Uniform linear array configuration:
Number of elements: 64
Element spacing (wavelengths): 0.5
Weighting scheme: uniform
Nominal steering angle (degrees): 60
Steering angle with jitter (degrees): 61.559
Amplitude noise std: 0.05
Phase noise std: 0.05

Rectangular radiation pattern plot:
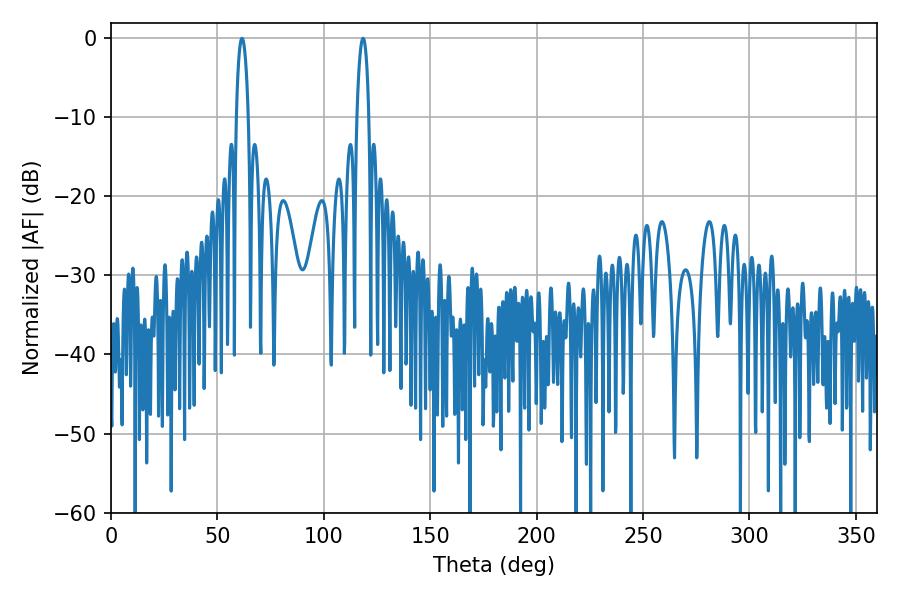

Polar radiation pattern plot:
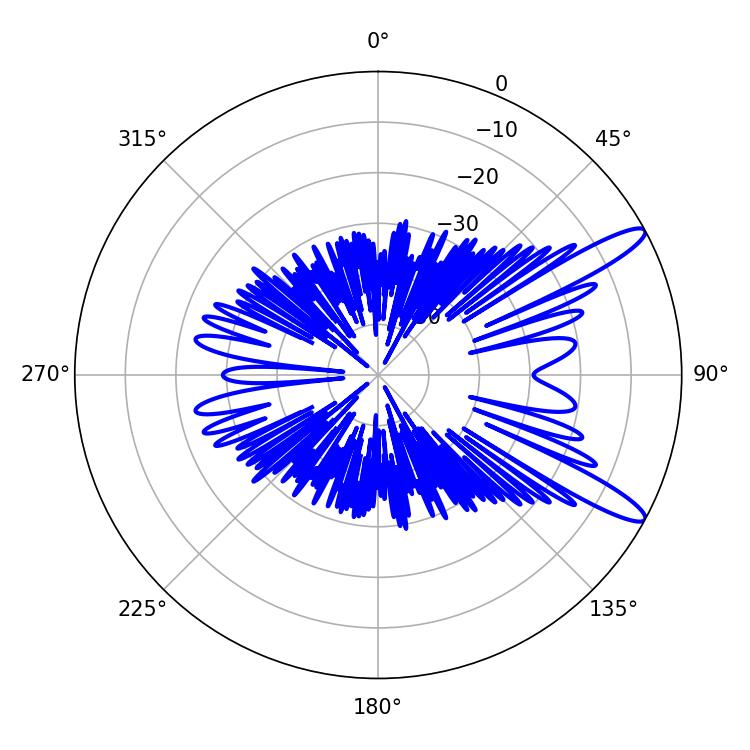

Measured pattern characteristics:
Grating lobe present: FALSE
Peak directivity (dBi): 12.464
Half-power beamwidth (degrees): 3.24
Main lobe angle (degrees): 61.56